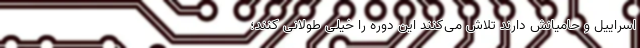
اسراییل و حامیانش دارند تلاش می‌کنند این دوره را خیلی طولانی کنند؛‌